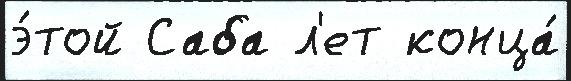
э́той Саба л'ет конца́